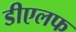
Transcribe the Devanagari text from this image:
डीएलफ